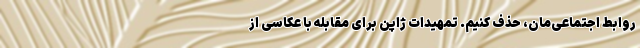
روابط اجتماعی‌مان، حذف کنیم. تمهیدات ژاپن برای مقابله با عکاسی از